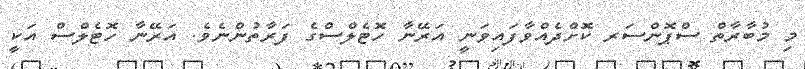
މި މުބާރާތް ސްޕޮންސަރ ކޮށްދެއްވާފައިވަނީ އަރޭނާ ހޮޓެލްސްގެ ފަރާތުންނެވެ. އަރޭނާ ހޮޓެލްސް އަކީ